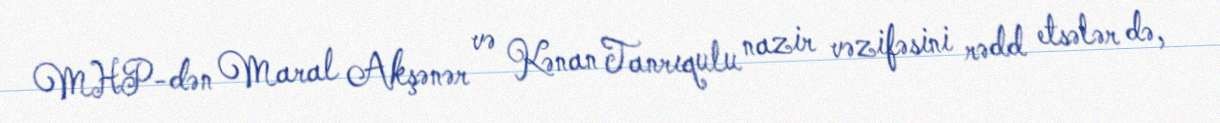
MHP-dən Maral Akşənər və Kənan Tanrıqulu nazir vəzifəsini rədd etsələr də,